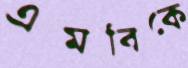
এমবিকে